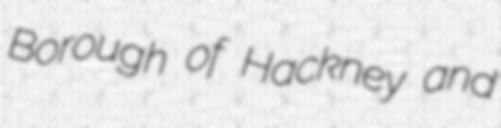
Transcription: Borough of Hackney and